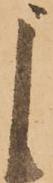
よ